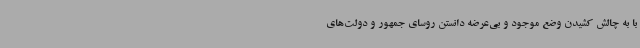
با به چالش کشیدن وضع موجود و بی‌عرضه دانستن روسای جمهور و دولت‌های